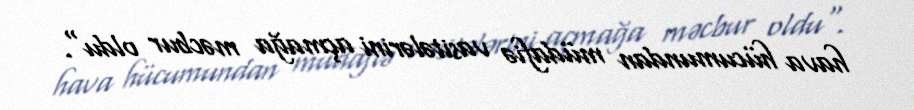
hava hücumundan müdafiə vasitələrini açmağa məcbur oldu".